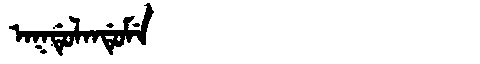
Manchu: ᠠᡴᡩᡠᠯᠠᠨᡩᡠᠮᡝ
Romanization: AKDULANDUME